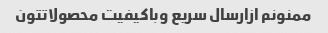
ممنونم ازارسال سریع وباکیفیت محصولاتتون